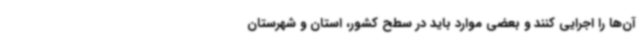
آن‌ها را اجرایی کنند و بعضی موارد باید در سطح کشور، استان و شهرستان